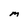
Character: M